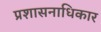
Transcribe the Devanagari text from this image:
प्रशासनाधिकार